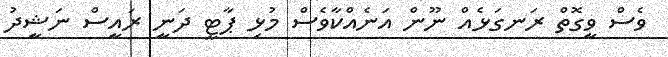
ވެސް ވީގޮތް ރަނގަޅެއް ނޫން އަނެއްކާވެސް މުޅި ޕާޓީ ދަނީ ރައީސް ނަޝީދު